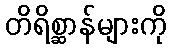
တိရိစ္ဆာန်များကို